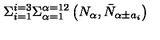
\Sigma _ { i = 1 } ^ { i = 3 } \Sigma _ { \alpha = 1 } ^ { \alpha = 1 2 } \left( N _ { \alpha } , \bar { N } _ { \alpha \pm a _ { i } } \right)